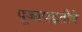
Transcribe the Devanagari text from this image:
पूजापद्धतीने